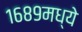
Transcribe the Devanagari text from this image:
१६८९मध्ये